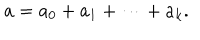
LaTeX: a = a _ { 0 } + a _ { 1 } + \cdots + a _ { k } .